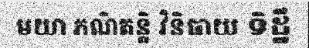
មយា ភណិតន្តិ វិនិធាយ ទិដ្ឋឹ